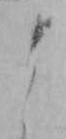
よ